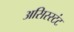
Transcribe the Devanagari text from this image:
असिस्स्टंट